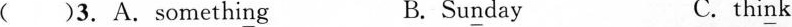
( )3.A.Somethi \underline{n}g B. Su \underline{n}day C.thi \underline{n}k